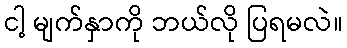
ငါ့ မျက်နှာကို ဘယ်လို ပြရမလဲ။